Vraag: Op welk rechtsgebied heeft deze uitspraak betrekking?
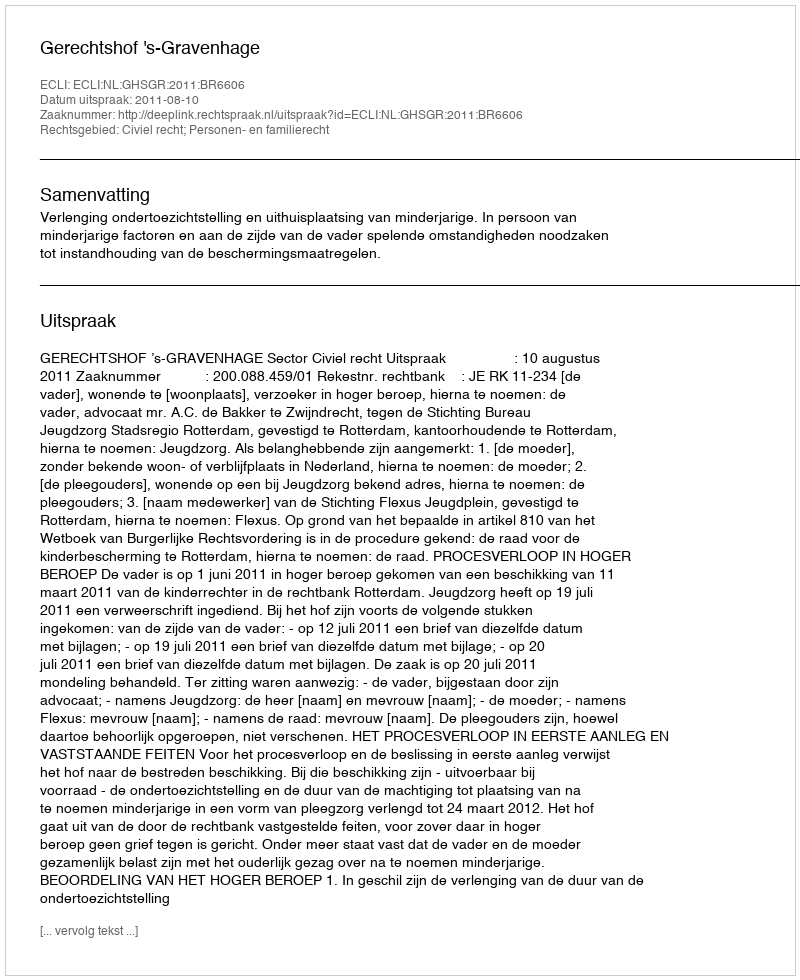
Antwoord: Civiel recht; Personen- en familierecht